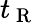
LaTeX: t_{\mathrm{~R~}}